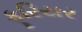
ફૂરિયર